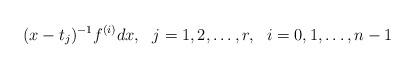
LaTeX: \begin{align*}(x-t_j)^{-1} f^{(i)} dx,\ \ j=1,2,\ldots,r, \ \ i=0,1,\ldots,n-1\end{align*}